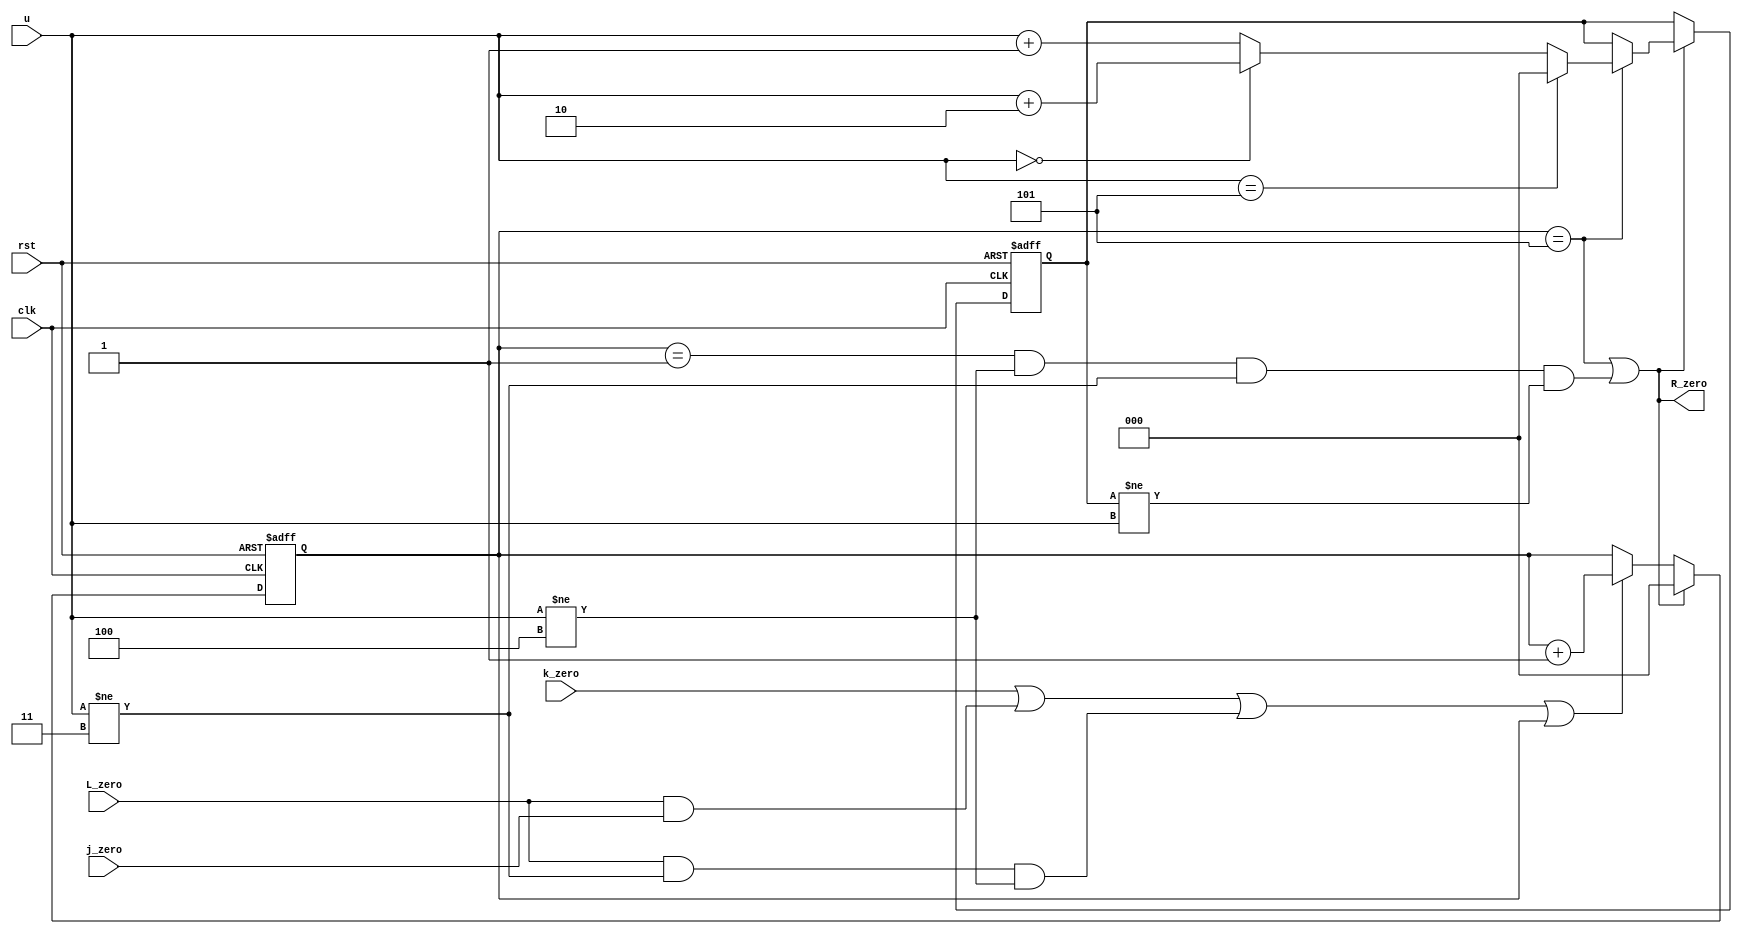

module R_count_L9(u,L_zero,j_zero,k_zero,clk,rst,R_zero);
input L_zero,rst,clk,j_zero,k_zero;
input wire [2:0] u;
 reg  [2:0] R;
output wire R_zero;
reg [2:0] flags;
always @ (posedge clk or negedge rst)
	begin
		if (!rst )
			begin 
				R<=0; 
				flags<=0;
			end
		else if((R==5)||(((R==1&&u!=4&&u!=3))&&(flags!=u)))//zero
			begin
				R<=0;
				if (R==5)
					begin
						if (u==5)
							flags<=0;
						else if (u==0)	
							flags<=u+3'b010;							
						else	
							flags<=u+3'b1;
					end
			end	
		else if(k_zero||(L_zero&&j_zero)||(L_zero&&u!=3&&u!=4)||R)
			begin 	
				R<=R+3'b1; 	
			end	
	end
	assign R_zero=(R==5)||(((R==1&&u!=4&&u!=3))&&(flags!=u));
endmodule